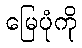
မြေပုံကို